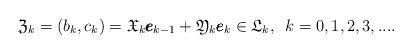
LaTeX: \begin{align*}\frak{Z}_k = (b_k,c_k) = \frak{X}_k \pmb{e}_{k-1}+ \frak{Y}_k \pmb{e}_k \in \frak{L}_k, \,\,\,k=0,1,2,3,... .\end{align*}